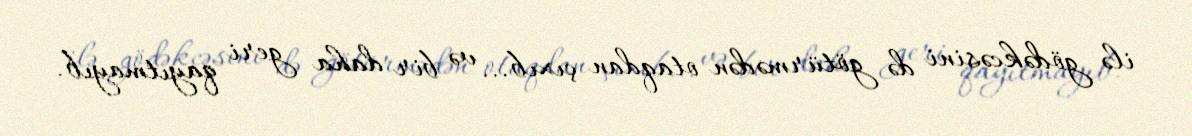
ilə gödəkcəsini də götürmədən otaqdan çıxıb... və bir daha geri qayıtmayıb.